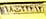
۱۸ت۲۳۶۱۳